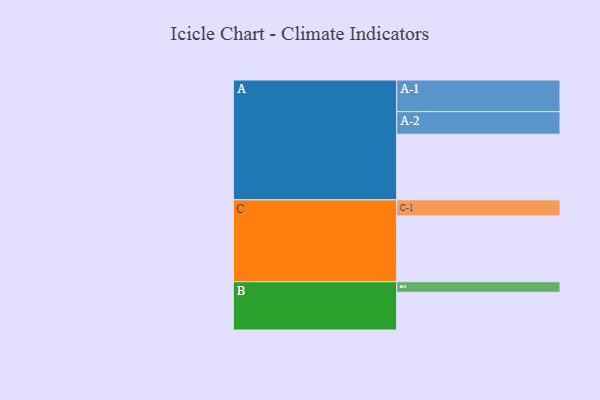
{"axis": {"x": "Segment", "y": "Value"}, "legend": ["", "A", "B", "C"], "data": [{"x": "A", "y": 523, "type": ""}, {"x": "B", "y": 300, "type": ""}, {"x": "C", "y": 524, "type": ""}, {"x": "A-1", "y": 252, "type": "A"}, {"x": "A-2", "y": 180, "type": "A"}, {"x": "B-1", "y": 85, "type": "B"}, {"x": "C-1", "y": 128, "type": "C"}]}